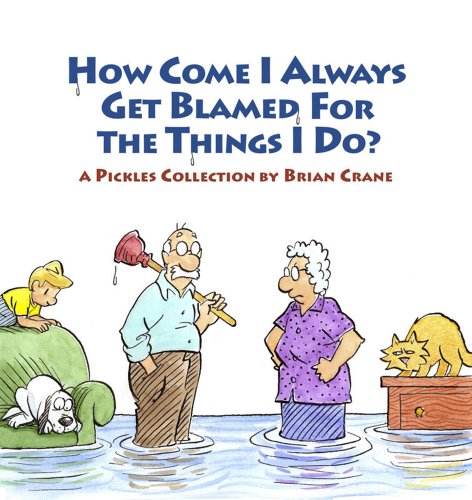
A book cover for How Come I Always Get Blamed for the Things I Do?: A Pickles Collection; Brian Crane; Humor & Entertainment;